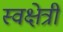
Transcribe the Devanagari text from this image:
स्वक्षेत्री